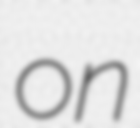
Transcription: on